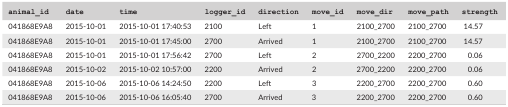
<table><thead><tr><td><b>animal_id</b></td><td><b>date</b></td><td><b>time</b></td><td><b>logger_id</b></td><td><b>direction</b></td><td><b>move_id</b></td><td><b>move_dir</b></td><td><b>move_path</b></td><td><b>strength</b></td></tr></thead><tbody><tr><td>041868E9A8</td><td>2015‐10‐01</td><td>2015‐10‐01 17:40:53</td><td>2100</td><td>Left</td><td>1</td><td>2100_2700</td><td>2100_2700</td><td>14.57</td></tr><tr><td>041868E9A8</td><td>2015‐10‐01</td><td>2015‐10‐01 17:45:00</td><td>2700</td><td>Arrived</td><td>1</td><td>2100_2700</td><td>2100_2700</td><td>14.57</td></tr><tr><td>041868E9A8</td><td>2015‐10‐01</td><td>2015‐10‐01 17:56:42</td><td>2700</td><td>Left</td><td>2</td><td>2700_2200</td><td>2200_2700</td><td>0.06</td></tr><tr><td>041868E9A8</td><td>2015‐10‐02</td><td>2015‐10‐02 10:57:00</td><td>2200</td><td>Arrived</td><td>2</td><td>2700_2200</td><td>2200_2700</td><td>0.06</td></tr><tr><td>041868E9A8</td><td>2015‐10‐06</td><td>2015‐10‐06 14:24:50</td><td>2200</td><td>Left</td><td>3</td><td>2200_2700</td><td>2200_2700</td><td>0.60</td></tr><tr><td>041868E9A8</td><td>2015‐10‐06</td><td>2015‐10‐06 16:05:40</td><td>2700</td><td>Arrived</td><td>3</td><td>2200_2700</td><td>2200_2700</td><td>0.60</td></tr></tbody></table>